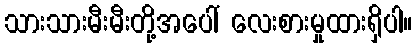
သားသားမီးမီးတို့အပေါ် လေးစားမှုထားရှိပါ။